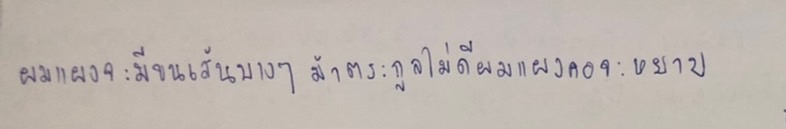
ผมแผงจะมีขนเส้นบางๆม้าตระกูลไม่ดีผมแผงคอจะหยาบ